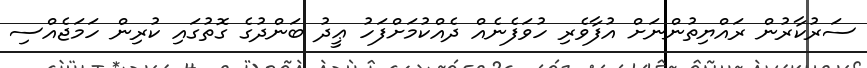
ސަރުކާރުން ރައްޔިތުންނަށް އުފާވެރި ހުވަފެނެއް ދެއްކުމަށްފަހު ޢީދު ބަންދުގެ ގޮތުގައި ކުރިން ހަމަޖެއްސި